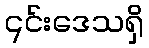
၎င်းဒေသရှိ